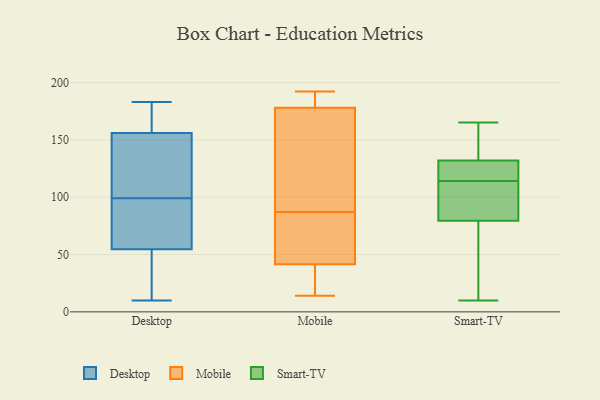
{"axis": {"x": "Energy Usage (MWh)", "y": "Value"}, "legend": ["Desktop", "Mobile", "Smart-TV"], "data": [{"x": "", "y": 62, "type": "Desktop"}, {"x": "", "y": 47, "type": "Desktop"}, {"x": "", "y": 174, "type": "Desktop"}, {"x": "", "y": 183, "type": "Desktop"}, {"x": "", "y": 138, "type": "Desktop"}, {"x": "", "y": 127, "type": "Desktop"}, {"x": "", "y": 120, "type": "Desktop"}, {"x": "", "y": 10, "type": "Desktop"}, {"x": "", "y": 66, "type": "Desktop"}, {"x": "", "y": 78, "type": "Desktop"}, {"x": "", "y": 179, "type": "Desktop"}, {"x": "", "y": 10, "type": "Desktop"}, {"x": "", "y": 71, "type": "Mobile"}, {"x": "", "y": 179, "type": "Mobile"}, {"x": "", "y": 21, "type": "Mobile"}, {"x": "", "y": 40, "type": "Mobile"}, {"x": "", "y": 188, "type": "Mobile"}, {"x": "", "y": 175, "type": "Mobile"}, {"x": "", "y": 46, "type": "Mobile"}, {"x": "", "y": 183, "type": "Mobile"}, {"x": "", "y": 135, "type": "Mobile"}, {"x": "", "y": 87, "type": "Mobile"}, {"x": "", "y": 192, "type": "Mobile"}, {"x": "", "y": 150, "type": "Mobile"}, {"x": "", "y": 14, "type": "Mobile"}, {"x": "", "y": 60, "type": "Mobile"}, {"x": "", "y": 17, "type": "Mobile"}, {"x": "", "y": 104, "type": "Smart-TV"}, {"x": "", "y": 93, "type": "Smart-TV"}, {"x": "", "y": 118, "type": "Smart-TV"}, {"x": "", "y": 150, "type": "Smart-TV"}, {"x": "", "y": 81, "type": "Smart-TV"}, {"x": "", "y": 114, "type": "Smart-TV"}, {"x": "", "y": 165, "type": "Smart-TV"}, {"x": "", "y": 10, "type": "Smart-TV"}, {"x": "", "y": 114, "type": "Smart-TV"}, {"x": "", "y": 126, "type": "Smart-TV"}, {"x": "", "y": 155, "type": "Smart-TV"}, {"x": "", "y": 66, "type": "Smart-TV"}, {"x": "", "y": 75, "type": "Smart-TV"}]}